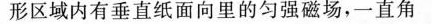
形区域内有垂直纸面向里的匀强磁场，一直角